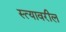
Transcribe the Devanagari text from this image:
स्त्यावरील